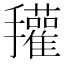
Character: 𰔽